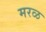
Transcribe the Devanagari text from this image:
मरळ